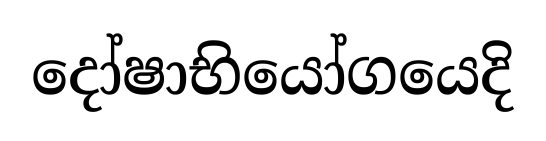
දෝෂාභියෝගයෙදි